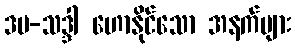
ဒမ-သဒ္ဒါ ဟောနိုင်သော အနက်များ